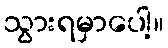
သွားရမှာပေါ့။